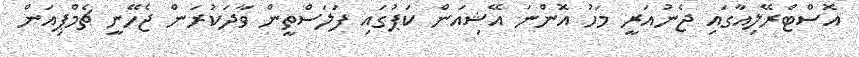
އޮސްޓްރޭލިއާގައި ޖެނުއަރީ މަހު އޮންނަ އޭޝިއަން ކަޕުގައި ފަލަސްތީން ވާދަކުރަން ޖެހޭނީ ޗެމްޕިއަން